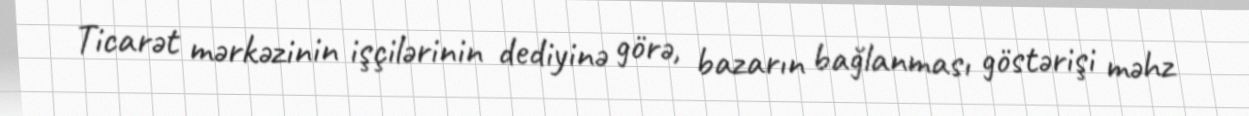
Ticarət mərkəzinin işçilərinin dediyinə görə, bazarın bağlanması göstərişi məhz